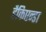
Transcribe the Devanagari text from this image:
हैकिएन्डा